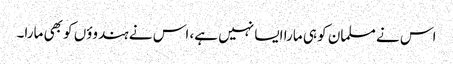
اس نے مسلمان کو ہی مارا ایسا نہیں ہے، اس نے ہندوؤں کو بھی مارا۔